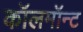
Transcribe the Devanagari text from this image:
कॉलमॉन्ट